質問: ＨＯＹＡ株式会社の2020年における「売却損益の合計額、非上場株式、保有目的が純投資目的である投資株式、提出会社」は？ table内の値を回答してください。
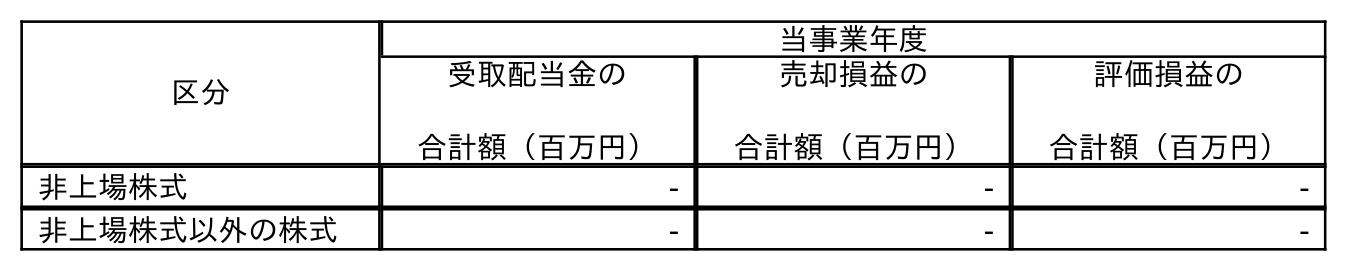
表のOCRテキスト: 区分 当事業年度 受取配当金の 合計額（百万円） 売却損益の 合計額（百万円） 評価損益の 合計額（百万円） 非上場株式 - - - 非上場株式以外の株式 - - -
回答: -